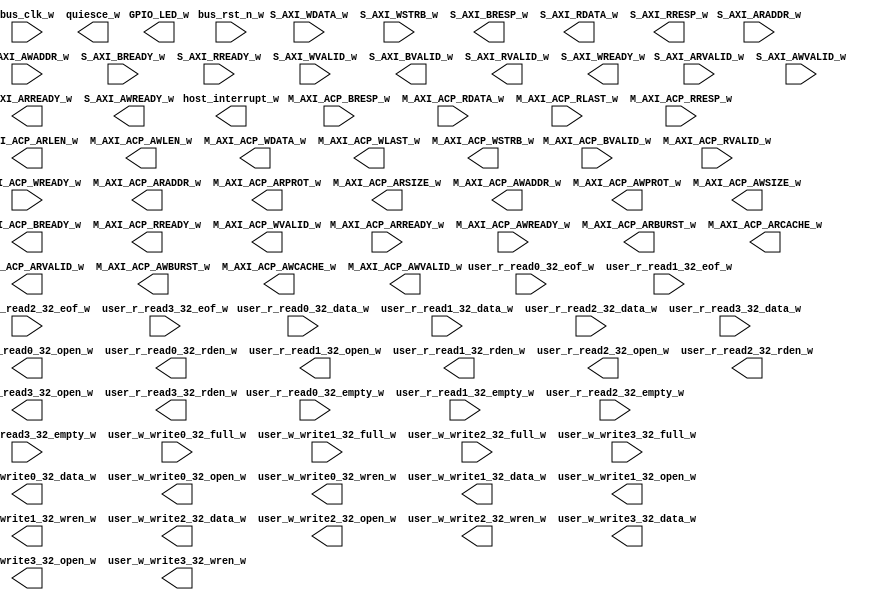
module xillybus_core
  (
  input  M_AXI_ACP_ARREADY_w,
  input  M_AXI_ACP_AWREADY_w,
  input [1:0] M_AXI_ACP_BRESP_w,
  input  M_AXI_ACP_BVALID_w,
  input [63:0] M_AXI_ACP_RDATA_w,
  input  M_AXI_ACP_RLAST_w,
  input [1:0] M_AXI_ACP_RRESP_w,
  input  M_AXI_ACP_RVALID_w,
  input  M_AXI_ACP_WREADY_w,
  input [31:0] S_AXI_ARADDR_w,
  input  S_AXI_ARVALID_w,
  input [31:0] S_AXI_AWADDR_w,
  input  S_AXI_AWVALID_w,
  input  S_AXI_BREADY_w,
  input  S_AXI_RREADY_w,
  input [31:0] S_AXI_WDATA_w,
  input [3:0] S_AXI_WSTRB_w,
  input  S_AXI_WVALID_w,
  input  bus_clk_w,
  input  bus_rst_n_w,
  input [31:0] user_r_read0_32_data_w,
  input  user_r_read0_32_empty_w,
  input  user_r_read0_32_eof_w,
  input [31:0] user_r_read1_32_data_w,
  input  user_r_read1_32_empty_w,
  input  user_r_read1_32_eof_w,
  input [31:0] user_r_read2_32_data_w,
  input  user_r_read2_32_empty_w,
  input  user_r_read2_32_eof_w,
  input [31:0] user_r_read3_32_data_w,
  input  user_r_read3_32_empty_w,
  input  user_r_read3_32_eof_w,
  input  user_w_write0_32_full_w,
  input  user_w_write1_32_full_w,
  input  user_w_write2_32_full_w,
  input  user_w_write3_32_full_w,
  output [3:0] GPIO_LED_w,
  output [31:0] M_AXI_ACP_ARADDR_w,
  output [1:0] M_AXI_ACP_ARBURST_w,
  output [3:0] M_AXI_ACP_ARCACHE_w,
  output [3:0] M_AXI_ACP_ARLEN_w,
  output [2:0] M_AXI_ACP_ARPROT_w,
  output [2:0] M_AXI_ACP_ARSIZE_w,
  output  M_AXI_ACP_ARVALID_w,
  output [31:0] M_AXI_ACP_AWADDR_w,
  output [1:0] M_AXI_ACP_AWBURST_w,
  output [3:0] M_AXI_ACP_AWCACHE_w,
  output [3:0] M_AXI_ACP_AWLEN_w,
  output [2:0] M_AXI_ACP_AWPROT_w,
  output [2:0] M_AXI_ACP_AWSIZE_w,
  output  M_AXI_ACP_AWVALID_w,
  output  M_AXI_ACP_BREADY_w,
  output  M_AXI_ACP_RREADY_w,
  output [63:0] M_AXI_ACP_WDATA_w,
  output  M_AXI_ACP_WLAST_w,
  output [7:0] M_AXI_ACP_WSTRB_w,
  output  M_AXI_ACP_WVALID_w,
  output  S_AXI_ARREADY_w,
  output  S_AXI_AWREADY_w,
  output [1:0] S_AXI_BRESP_w,
  output  S_AXI_BVALID_w,
  output [31:0] S_AXI_RDATA_w,
  output [1:0] S_AXI_RRESP_w,
  output  S_AXI_RVALID_w,
  output  S_AXI_WREADY_w,
  output  host_interrupt_w,
  output  quiesce_w,
  output  user_r_read0_32_open_w,
  output  user_r_read0_32_rden_w,
  output  user_r_read1_32_open_w,
  output  user_r_read1_32_rden_w,
  output  user_r_read2_32_open_w,
  output  user_r_read2_32_rden_w,
  output  user_r_read3_32_open_w,
  output  user_r_read3_32_rden_w,
  output [31:0] user_w_write0_32_data_w,
  output  user_w_write0_32_open_w,
  output  user_w_write0_32_wren_w,
  output [31:0] user_w_write1_32_data_w,
  output  user_w_write1_32_open_w,
  output  user_w_write1_32_wren_w,
  output [31:0] user_w_write2_32_data_w,
  output  user_w_write2_32_open_w,
  output  user_w_write2_32_wren_w,
  output [31:0] user_w_write3_32_data_w,
  output  user_w_write3_32_open_w,
  output  user_w_write3_32_wren_w
);
endmodule